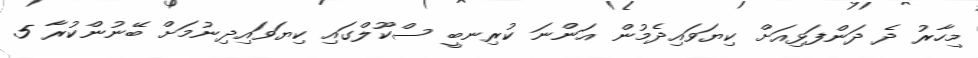
މިހާރު ދެ ދަންފަޅިއަށް ކިޔަވައިދެމުން އަންނަ ކުރިނބީ ސްކޫލްގައި ކިޔަވައިދިނުމަށް ބޭނުންކުރާ 5